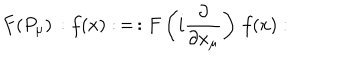
F ( P _ { \mu } ) \, : f ( x ) : \, = \, : F \left( i \frac { \partial } { \partial x _ { \mu } } \right) \, f ( x ) :